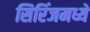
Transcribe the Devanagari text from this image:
सिरिंजमध्ये